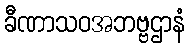
ခီဏာသဝအဘဗ္ဗဌာနံ